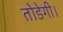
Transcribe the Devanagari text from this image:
तोडेगी।